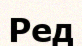
Ред